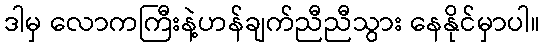
ဒါမှ လောကကြီးနဲ့ဟန်ချက်ညီညီသွား နေနိုင်မှာပါ။